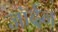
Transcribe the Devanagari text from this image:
जॉर्दन